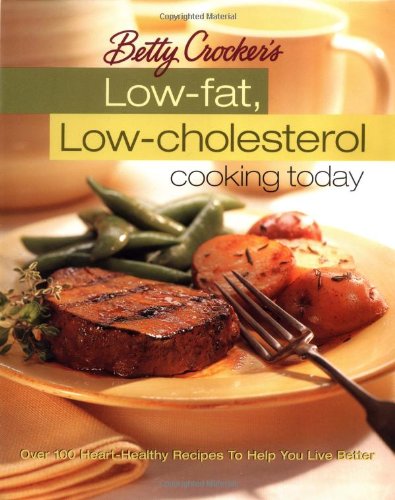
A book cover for Betty Crocker's Low-Fat, Low-Cholesterol Cooking Today (Betty Crocker Cooking); Betty Crocker; Cookbooks, Food & Wine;